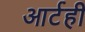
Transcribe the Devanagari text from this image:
आर्टही